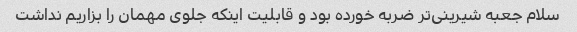
سلام جعبه شیرینی‌تر ضربه خورده بود و قابلیت اینکه جلوی مهمان را بزاریم نداشت